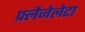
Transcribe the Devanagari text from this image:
फ़्लैजेलेटा